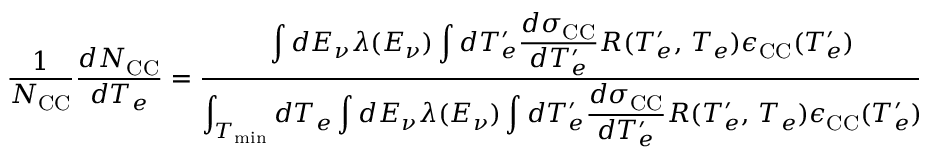
\frac { 1 } { N _ { \mathrm { C C } } } \frac { d N _ { \mathrm { C C } } } { d T _ { e } } = \frac { \displaystyle \int d E _ { \nu } \lambda ( E _ { \nu } ) \int d T _ { e } ^ { \prime } \frac { d \sigma _ { \mathrm { C C } } } { d T _ { e } ^ { \prime } } R ( T _ { e } ^ { \prime } , \, T _ { e } ) \epsilon _ { \mathrm { C C } } ( T _ { e } ^ { \prime } ) } { \displaystyle \int _ { T _ { \mathrm { m i n } } } d T _ { e } \int d E _ { \nu } \lambda ( E _ { \nu } ) \int d T _ { e } ^ { \prime } \frac { d \sigma _ { \mathrm { C C } } } { d T _ { e } ^ { \prime } } R ( T _ { e } ^ { \prime } , \, T _ { e } ) \epsilon _ { \mathrm { C C } } ( T _ { e } ^ { \prime } ) } \quad ,